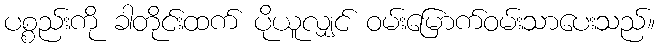
ပစ္စည်းကို ခါတိုင်းထက် ပိုယူလျှင် ဝမ်းမြောက်ဝမ်းသာပေးသည်။